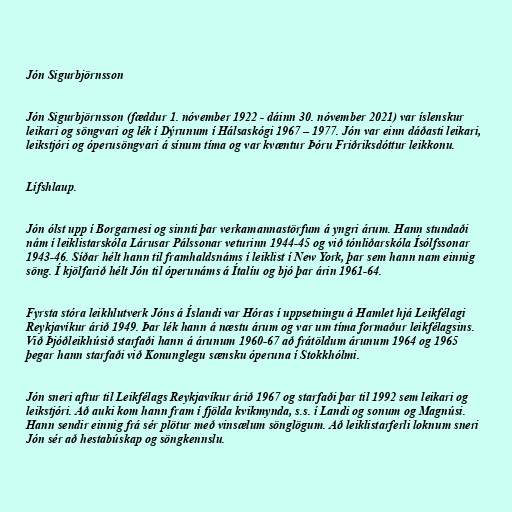
Jón Sigurbjörnsson

Jón Sigurbjörnsson (fæddur 1. nóvember 1922 - dáinn 30. nóvember 2021) var íslenskur
leikari og söngvari og lék í Dýrunum í Hálsaskógi 1967 – 1977. Jón var einn dáðasti leikari,
leikstjóri og óperusöngvari á sínum tíma og var kvæntur Þóru Friðriksdóttur leikkonu.

Lífshlaup.

Jón ólst upp í Borgarnesi og sinnti þar verkamannastörfum á yngri árum. Hann stundaði
nám í leiklistarskóla Lárusar Pálssonar veturinn 1944-45 og við tónliðarskóla Ísólfssonar
1943-46. Síðar hélt hann til framhaldsnáms í leiklist í New York, þar sem hann nam einnig
söng. Í kjölfarið hélt Jón til óperunáms á Ítalíu og bjó þar árin 1961-64.

Fyrsta stóra leikhlutverk Jóns á Íslandi var Hóras í uppsetningu á Hamlet hjá Leikfélagi
Reykjavíkur árið 1949. Þar lék hann á næstu árum og var um tíma formaður leikfélagsins.
Við Þjóðleikhúsið starfaði hann á árunum 1960-67 að frátöldum árunum 1964 og 1965
þegar hann starfaði við Konunglegu sænsku óperuna í Stokkhólmi.

Jón sneri aftur til Leikfélags Reykjavíkur árið 1967 og starfaði þar til 1992 sem leikari og
leikstjóri. Að auki kom hann fram í fjölda kvikmynda, s.s. í Landi og sonum og Magnúsi.
Hann sendir einnig frá sér plötur með vinsælum sönglögum. Að leiklistarferli loknum sneri
Jón sér að hestabúskap og söngkennslu.